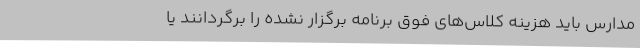
مدارس باید هزینه‌ کلاس‌های فوق‌ برنامه‌ برگزار نشده را برگردانند یا